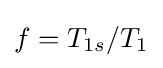
f=T_{1s}/T_{1}